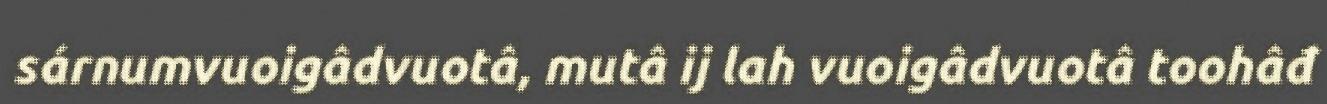
sárnumvuoigâdvuotâ, mutâ ij lah vuoigâdvuotâ toohâđ